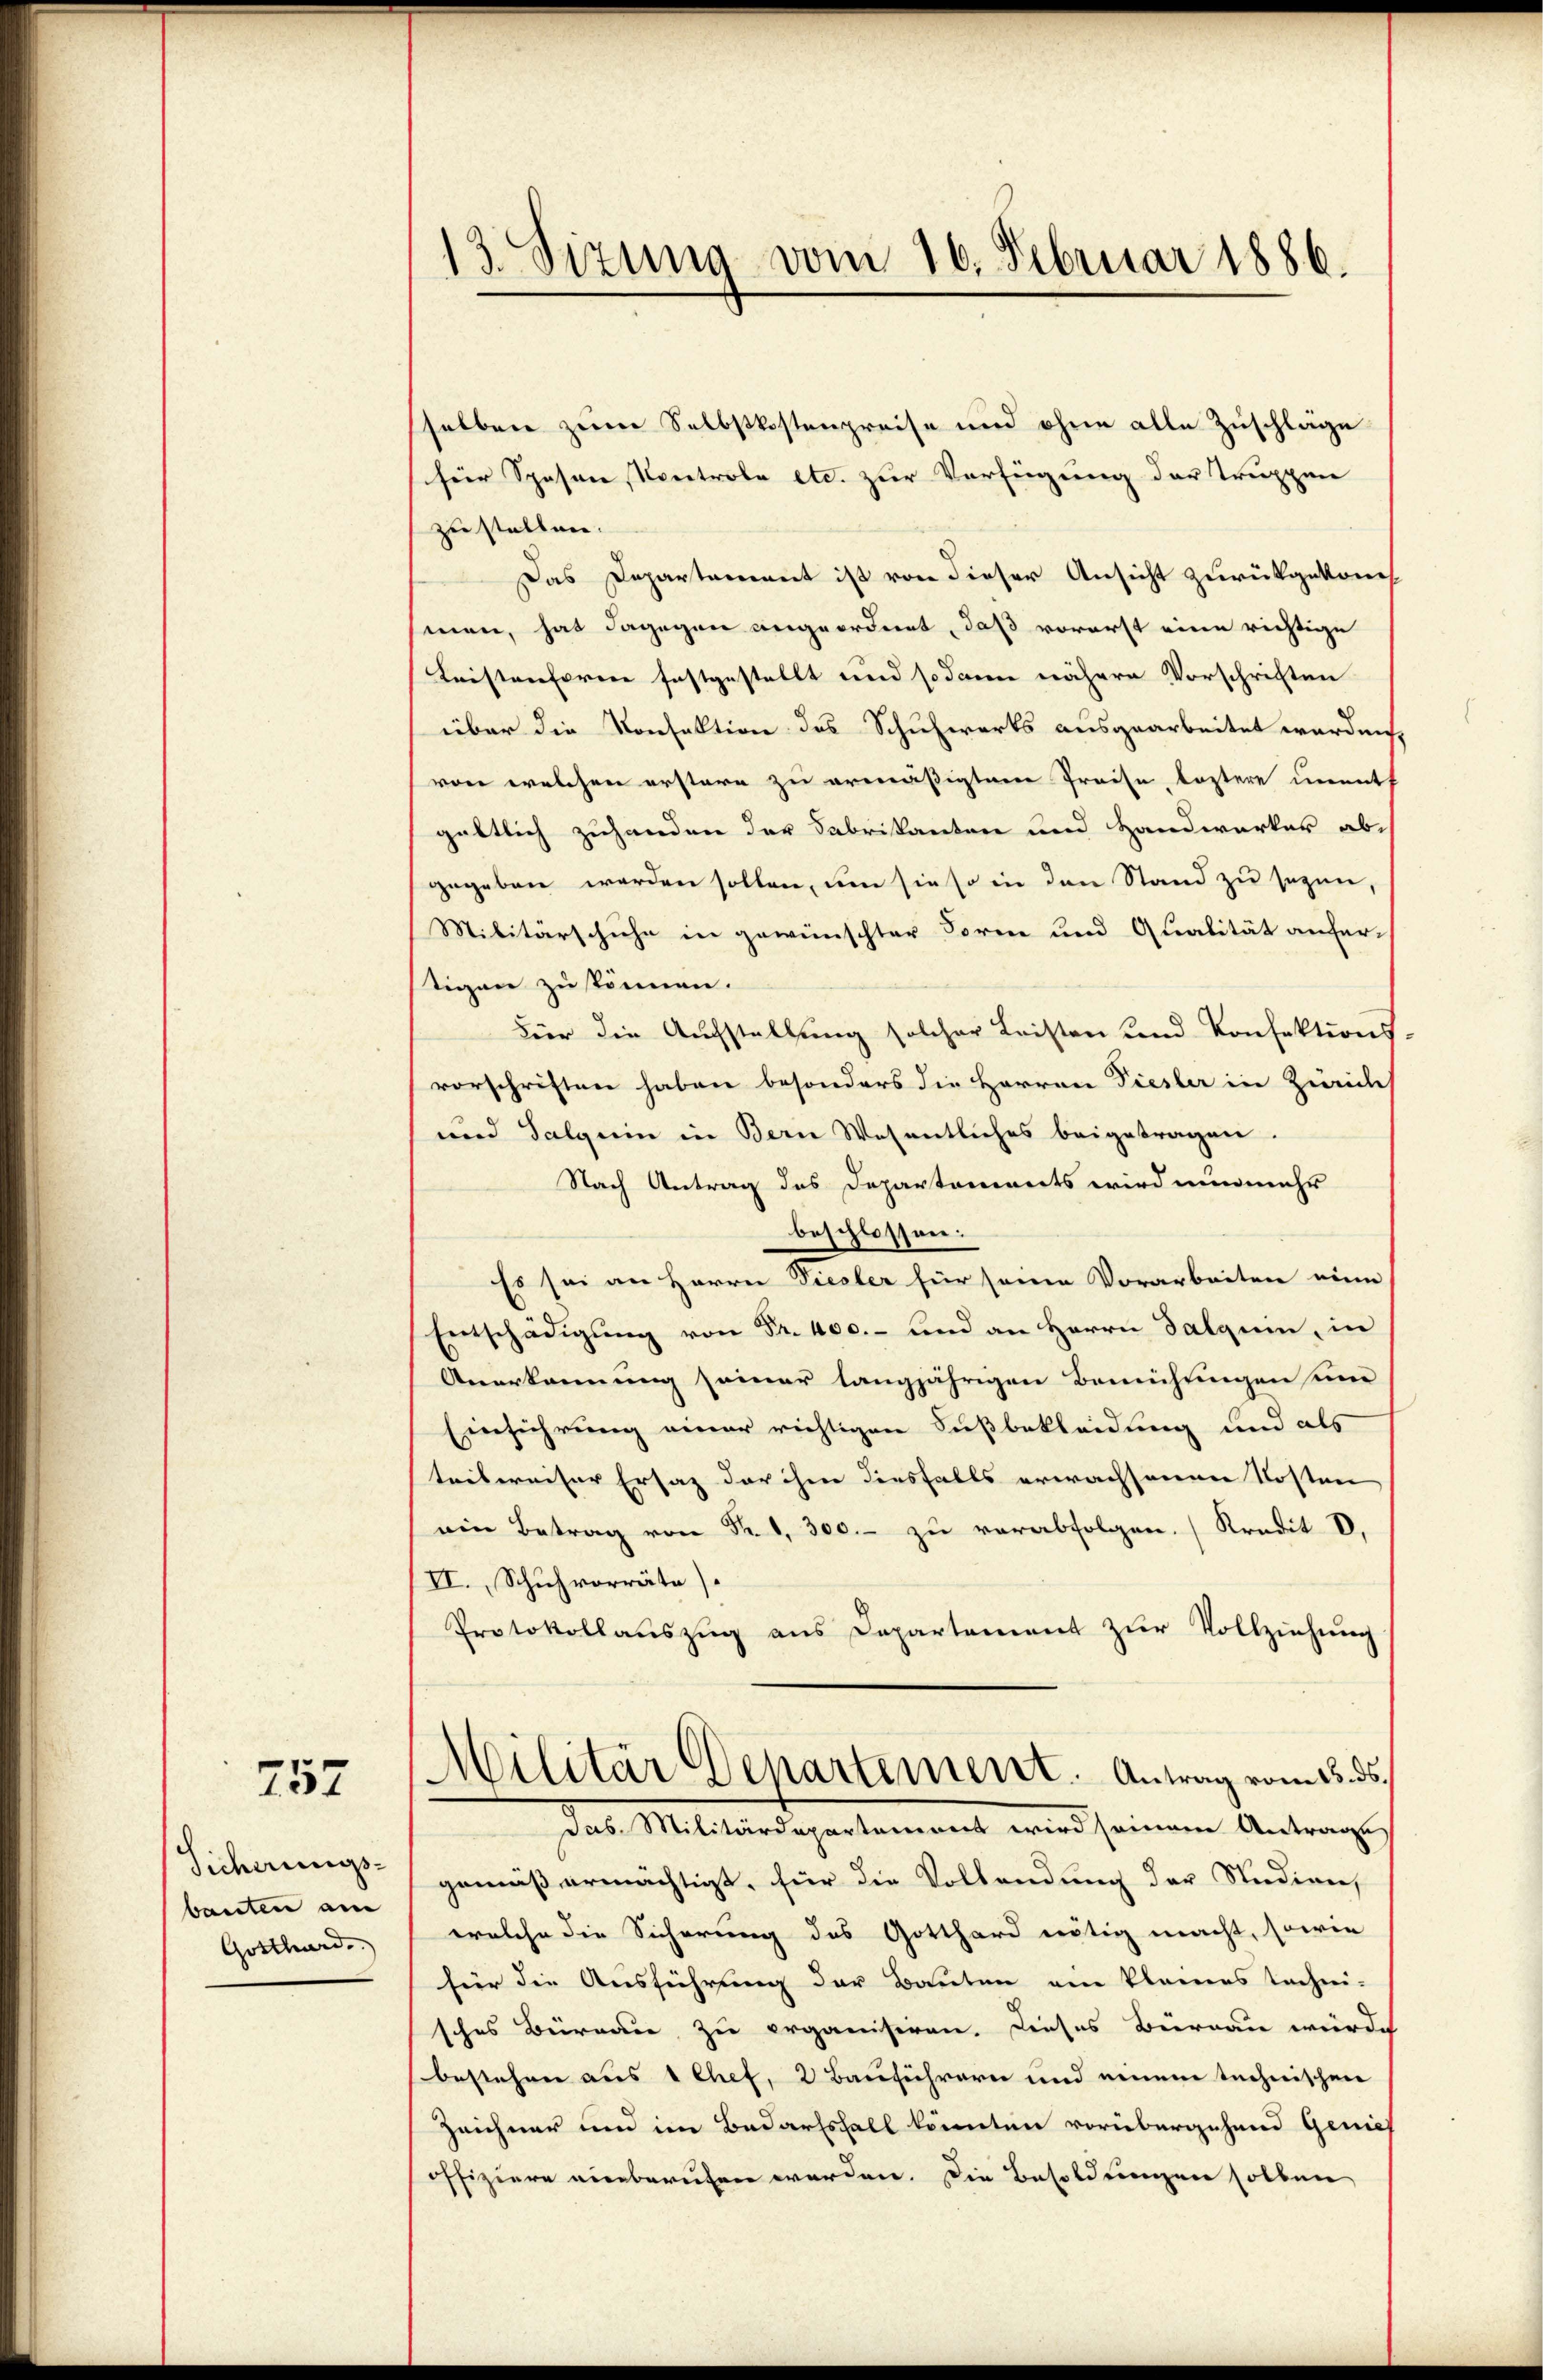
257

Sicherungs-
bauten am
Gotthard.

13. Sizung vom 16. Februar 1886.

selben zum Selbstkostenpreise und ohne alle Zuschläge
für Spesen, Kontrole etc. zur Verfügung der Truppen
zustellen.
Das Departement ist von dieser Ansicht zurückgekom
men, hat dagegen angeordnet, daß vorerst eine richtige
Leistenforme festgestellt und sodann nähere Vorschriften
über die Konsultion des Schulwerks ausgearbeitet werden,
von welchen erstere zu ermäßigten Preise, leztere unmitt
gättlich zuhanden der Fabrikanten und Handwerker abgegeben werden sollen, um sie so in den Stand zu sezen,
Militärschuhe in gewünschter Form und Qualität anfertigen zu können.
Für die Aufstellung solcher Leisten und Konfektions
vorschriften haben besonders die Herren Dieser in Zürichs
und Salgerin in Bern Wesentliches beigetragen.
Nach Antrag des Departonierts wird nunmehr
beschlossen:
Es sei an Herrn Vieler für seine Vorarbeiten eine
Entschädigung von Fr. 400.- und an Herrn Salquin, in
Anerkennung seiner langjährigen Bemühungen um
Einführung einer richtigen Fußbekleidung und als
trebereiser Ersatz der ihre diesfalls erwachsannen Kosten
ein Betrag von Fr. 1, 300.- zŭ verabfolgen. (Kredit V.
II., Schuhvorräte).
Protokollauszug aus Departement zur Vollziehung
Militär Departement. Antrag vom 15. ds.
das Militärdepartement wird seinem Antrage
gemäß ermächtigt, für die Vollendung der Studien,
welche die Sicherung des Gotthard nötig macht, sowie
hier die Ausführung der Bauten ein Planens techni-
sches Büreau zu erganisiren. Dieses Bürnau würde
bestehen aus 1 Chef, 2 Bauführern und einem technischen
Zeichner und im Bedarfsfall könnten vorübergehend Genie
offiziere einberufen werden. Die Besoldungen sollen